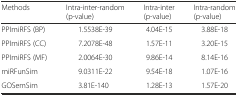
<table><thead><tr><td><b>Methods</b></td><td><b>Intra-inter-random (p-value)</b></td><td><b>Intra-inter (p-value)</b></td><td><b>Intra-random (p-value)</b></td></tr></thead><tbody><tr><td>PPImiRFS (BP)</td><td>1.5538E-39</td><td>4.04E-15</td><td>3.88E-18</td></tr><tr><td>PPImiRFS (CC)</td><td>7.2078E-48</td><td>1.57E-11</td><td>3.20E-15</td></tr><tr><td>PPImiRFS (MF)</td><td>2.0064E-30</td><td>9.86E-14</td><td>8.14E-16</td></tr><tr><td>miRFunSim</td><td>9.0311E-22</td><td>9.54E-18</td><td>1.07E-16</td></tr><tr><td>GOSemSim</td><td>3.81E-140</td><td>1.28E-13</td><td>1.57E-20</td></tr></tbody></table>